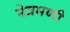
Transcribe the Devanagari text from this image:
नेत्रमणी